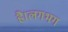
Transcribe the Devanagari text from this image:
है।लगभग